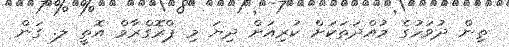
ތިން ދުވަހުގެ މުއްދަތަކަށް ކުރިއަށް ދިޔަ މި ޕްރޮގްރާމް އޮތީ ލ. ގަން